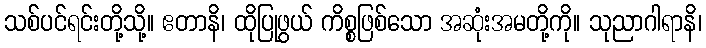
သစ်ပင်ရင်းတို့သို့။ ဧတာနိ၊ ထိုပြုဖွယ် ကိစ္စဖြစ်သော အဆုံးအမတို့ကို။ သုညာဂါရာနိ၊